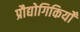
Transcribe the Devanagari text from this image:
प्रौद्योगिकियोँ